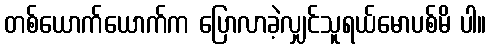
တစ်ယောက်ယောက်က ပြောလာခဲ့လျှင်သူရယ်မောပစ်မိ ပါ။